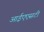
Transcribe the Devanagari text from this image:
आईएएसटी